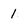
Character: 1